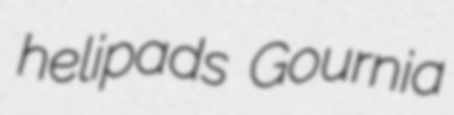
helipads Gournia